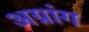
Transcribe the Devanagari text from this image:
अग्रांग